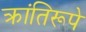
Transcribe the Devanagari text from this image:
क्रांतिरूपे